Code of medical and sanitary regulations for the guidance of medical officers serving in the Madras Presidency - Volume I
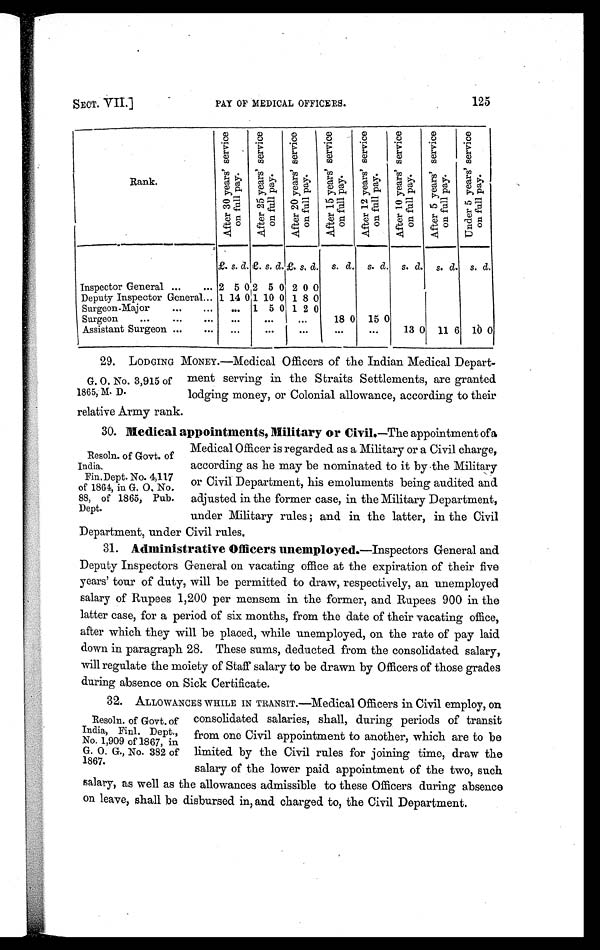
SECT. VII.]
PAY OF MEDICAL OFFICERS.
125
Rank.
A f t e r 3 0 y e a r s ' s e r v i c e
o n f u l l p a y .
A f t e r 2 5 y e a r s ' s e r v i c e
o n f u l l p a y .
A f t e r 2 0 y e a r s ' s e r v i c e
o n f u l l p a y .
A f t e r 1 5 y e a r s ' s e r v i c e
o n f u l l p a y .
A f t e r 1 2 y e a r s ' s e r v i c e
o n f u l l p a y .
A f t e r 1 0 y e a r s ' s e r v i c e
o n f u l l p a y .
A f t e r 5 y e a r s ' s e r v i c e
o n f u l l p a y .
U n d e r 5 y e a r s ' s e r v i c e
o n f u l l p a y .
£. s. d. £. s. d. £. s.d. s. d. s. d. s. d. s. d. s. d.
Inspector General ...... 2 5 0 2 5 0 2 0 0
Deputy Inspector General... 1 14 0 1 10 0 1 8 0
Surgeon-Major
...
... ... 1 5 0 1 2 0
Surgeon
...
...
...
... ...
18 0 15 0
Assistant Surgeon ...
... . . .
. . . ...
. . .
. . . 13 0 11 6 10 0
29. LODGING MONEY.—Medical Officers of the Indian Medical Depart-
ment serving in the Straits Settlements, are granted
lodging money, or Colonial allowance, according to their
relative Army rank.
30. Medical appointments, Military or Civil. —The appointment of a
Medical Officer is regarded as a Military or a Civil charge,
according as he may be nominated to it by the Military
or Civil Department, his emoluments being audited and
adjusted in the former case, in the Military Department,
under Military rules ; and in the latter, in the Civil
Department, under Civil rules.
31. Administrative Officers unemployed.—Inspectors General and
Deputy Inspectors General on vacating office at the expiration of their five
years' tour of duty, will be permitted to draw, respectively, an unemployed
salary of Rupees 1,200 per mensem in the former, and Rupees 900 in the
latter case, for a period of six months, from the date of their vacating office,
after which they will be placed, while unemployed, on the rate of pay laid
down in paragraph 28. These sums, deducted from the consolidated salary,
will regulate the moiety of Staff salary to be drawn by Officers of those grades
during absence on Sick Certificate.
32. ALLOWANCES WHILE IN TRANSIT.—Medical Officers in Civil employ, on
consolidated salaries, shall, during periods of transit
from one Civil appointment to another, which are to be
limited by the Civil rules for joining time, draw the
salary of the lower paid appointment of the two, such
salary, as well as the allowances admissible to these Officers during absence
on leave, shall be disbursed in, and charged to, the Civil Department.
G. O. No. 3,915 of
1865, M. D.
Resoln. of Govt. of
India.
Fin. Dept. No. 4,117
of 1864, in G. 0. No.
88, of 1865, Pub.
Dept.
Resoln. of Govt. of
India, Finl. Dept.,
No. 1,909 of 1867, in
G. O. G., No. 382 of
1867.